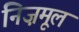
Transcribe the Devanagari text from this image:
निज़मूल